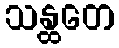
သန္ထတေ